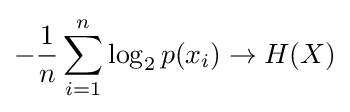
-{\frac {1}{n}}\sum _{i=1}^{n}\log _{2}p(x_{i})\rightarrow H(X)